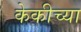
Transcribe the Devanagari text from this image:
केकीच्या